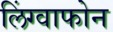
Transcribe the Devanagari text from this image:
लिंग्वाफोन